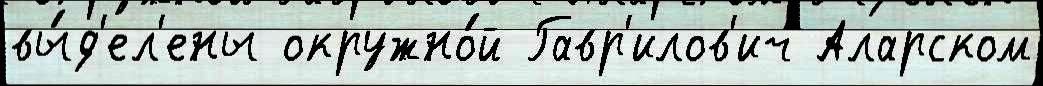
вы́д'ел'ены окружно́й Гавр'илов'ич Аларском